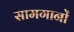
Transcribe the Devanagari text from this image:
सामगानों